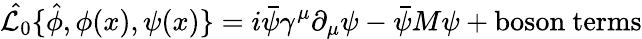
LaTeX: \hat{{\cal L}_{0}}\{ \hat{\phi},\phi(x),\psi(x)\} =i\bar{\psi}\gamma^{\mu}\partial_{\mu}\psi-\bar{\psi}M\psi+\mathrm{boson~terms}